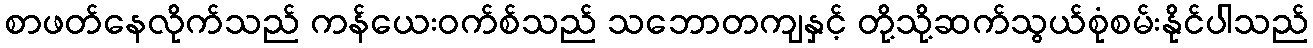
စာဖတ်နေလိုက်သည် ကန်ယေးဝက်စ်သည် သဘောတကျနှင့် တို့သို့ဆက်သွယ်စုံစမ်းနိုင်ပါသည်